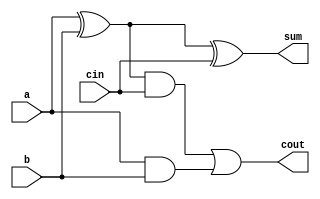
module fagl(a,b,cin,sum,cout);
input a,b,cin;
output sum,cout;
wire t1,t2,t3;
xor G1(t1,a,b);
xor G2(sum,t1,cin);
and G3(t2,t1,cin);
and G4(t3,a,b);
or G5(cout,t2,t3);
endmodule